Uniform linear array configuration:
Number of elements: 24
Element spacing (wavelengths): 1
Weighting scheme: cosine
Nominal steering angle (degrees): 15
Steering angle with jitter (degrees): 14.896
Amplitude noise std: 0.05
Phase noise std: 0.05

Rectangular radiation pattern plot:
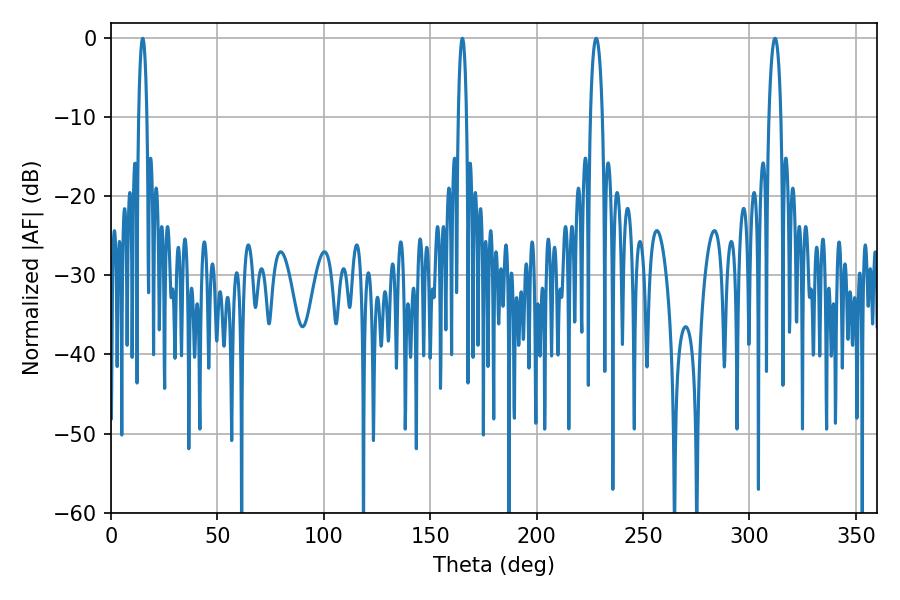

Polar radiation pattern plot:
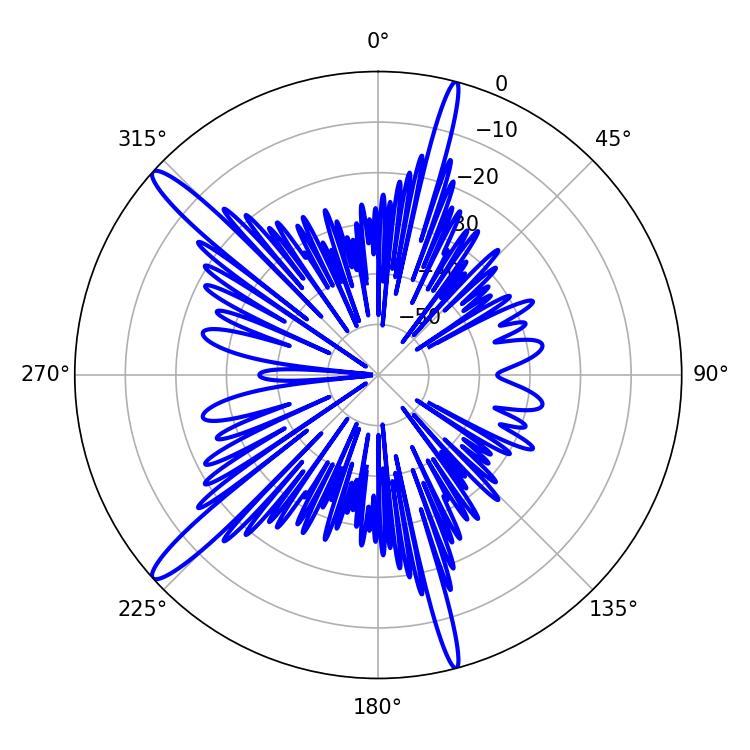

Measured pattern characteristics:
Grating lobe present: TRUE
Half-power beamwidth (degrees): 2.16
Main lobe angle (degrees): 14.94